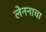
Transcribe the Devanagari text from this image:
लेननाचा